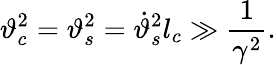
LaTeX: \vartheta_{c}^{2}=\vartheta_{s}^{2}=\dot{\vartheta}_{s}^{2}l_{c}\gg\frac{1}{\gamma^{2}}.